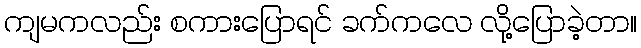
ကျမကလည်း စကားပြောရင် ခက်ကလေ လို့ပြောခဲ့တာ။